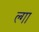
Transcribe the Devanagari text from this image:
ल्गा